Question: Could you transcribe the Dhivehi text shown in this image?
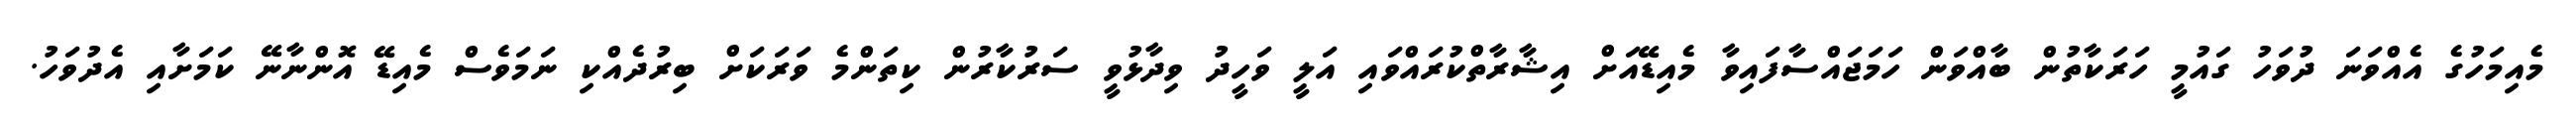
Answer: މެއިމަހުގެ އެއްވަނަ ދުވަހު ގައުމީ ހަރަކާތުން ބާއްވަން ހަމަޖައްސާފައިވާ މެއިޑޭއަށް އިޝާރާތްކުރައްވައި އަލީ ވަހީދު ވިދާޅުވީ ސަރުކާރުން ކިތަންމެ ވަރަކަށް ބިރުދެއްކި ނަމަވެސް މެއިޑޭ އޮންނާނޭ ކަމަށާއި އެދުވަހު.